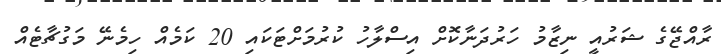
ރާއްޖޭގެ ޝަރުއީ ނިޒާމު ހަރުދަނާކޮށް އިސްލާހު ކުރުމަށްޓަކައި 20 ކަމެއް ހިމެނޭ މަގުޗާޓެއް